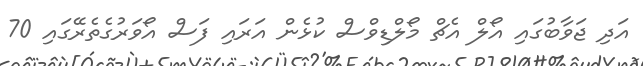
އަދި ޖަވާބުގައި އޯލް އެޗް މޯލްޑިވްސް ކުޅެން އަރައި ފަސް އޯވަރުގެތެރޭގައި 70